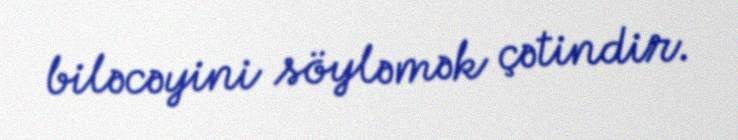
biləcəyini söyləmək çətindir.